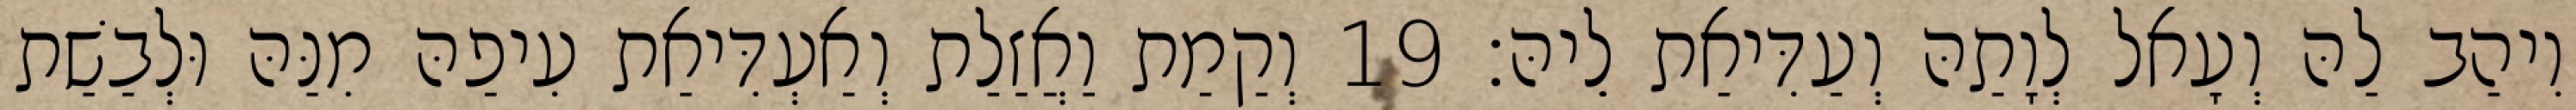
וִיהַב לַהּ וְעָאל לְוָתַהּ וְעַדִּיאַת לֵיהּ׃ 19 וְקַמַת וַאֲזַלַת וְאַעְדִּיאַת עִיפַהּ מִנַּהּ וּלְבַשַׁת